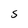
Character: S